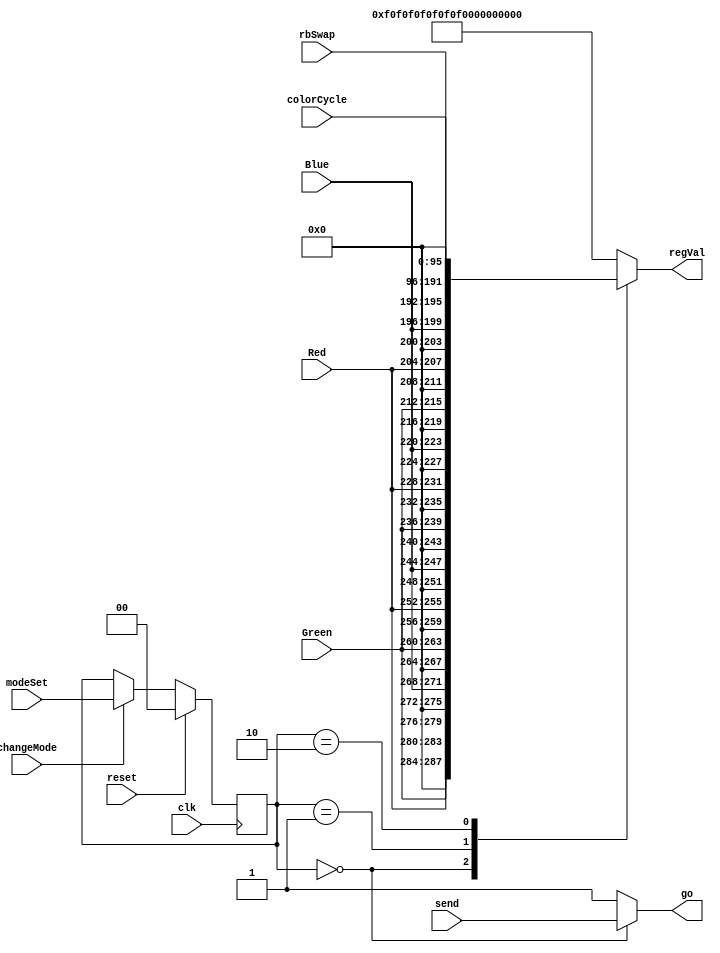
/*
Authored by Elijah Theander
October 28, 2016
modeMachine.v
This state machine takes multiple inputs and uses
them to decide what to pass to the shiftRegister as
a load value, and whether or not it will use a button to determine 
sending after RET.
*/

module modeMachine(go,regVal,changeMode,modeSet,send,Green,Red,Blue,rbSwap,colorCycle,clk,reset);

	output          go;                  //Determines sending.
	output [95:0]   regVal;              //Passthrough into ShiftRegister loadValue
	
	input           changeMode;          // Basys 3 button switch
	input [1:0]     modeSet;             //Basys 3 sw[1:0]
	input           send;                //Basys 3 button switch
	input [3:0]     Green,Red,Blue;      //basys 3 sw [15:4]
	input [95:0]    rbSwap,colorCycle;   //inputs from seperate modules
	input           clk,reset;           //synchronous clock and reset.
	
	//State and next state variables
	reg  [1:0]       S;
	wire [1:0]       nS;
	reg [95:0]       regVal;
	
	//State Parameters
	parameter basemode = 2'b00, weewoo = 2'b01, cyclecolor = 2'b10;
	
	//State Memory
	always @(posedge clk)begin
		if(reset)begin
			S <= basemode;
		end
		else if(changeMode)begin
			S <= nS;
		end
		else begin
			S <= S;
		end
	end
	
	//Next state
	assign nS = modeSet;
	
	//go moore output
	assign go = (S == basemode)? send:1'b1;
	
	//regVal output
	always @(S,Green,Red,Blue,rbSwap,colorCycle)begin
		case(S)
			basemode:begin regVal = {Green,4'h0,Red,4'h0,Blue,4'h0,
			                         Green,4'h0,Red,4'h0,Blue,4'h0,
									 Green,4'h0,Red,4'h0,Blue,4'h0,
									 Green,4'h0,Red,4'h0,Blue,4'h0}; end
			weewoo:        regVal = rbSwap;
			cyclecolor:    regVal = colorCycle;
			default:       regVal = 96'h0F0F0F_0F0F0F_0F0F0F_0F0F0F;
		endcase
	end
	
endmodule